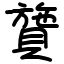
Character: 䞄